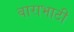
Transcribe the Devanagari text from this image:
बाराभाटी